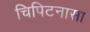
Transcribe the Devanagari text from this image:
चिपिटनासा